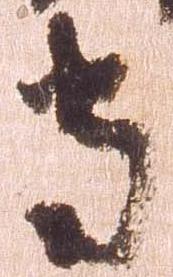
守